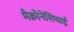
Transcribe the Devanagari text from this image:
मैक्रोनेशियाई